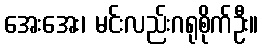
အေးအေး၊ မင်းလည်းဂရုစိုက်ဦး။